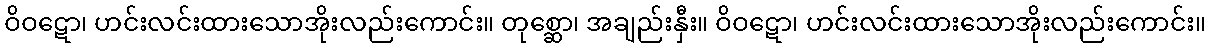
ဝိဝဋော၊ ဟင်းလင်းထားသောအိုးလည်းကောင်း။ တုစ္ဆော၊ အချည်းနှီး။ ဝိဝဋော၊ ဟင်းလင်းထားသောအိုးလည်းကောင်း။